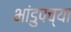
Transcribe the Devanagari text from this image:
भांडुपच्या